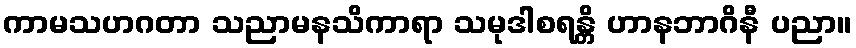
ကာမသဟဂတာ သညာမနသိကာရာ သမုဒါစရန္တိ ဟာနဘာဂိနီ ပညာ။